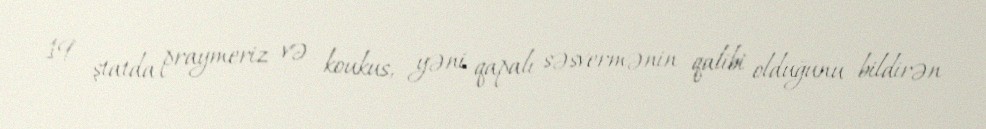
19 ştatda praymeriz və koukus, yəni qapalı səsvermənin qalibi olduğunu bildirən